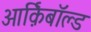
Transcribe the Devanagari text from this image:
आर्क़िबाॅल्ड